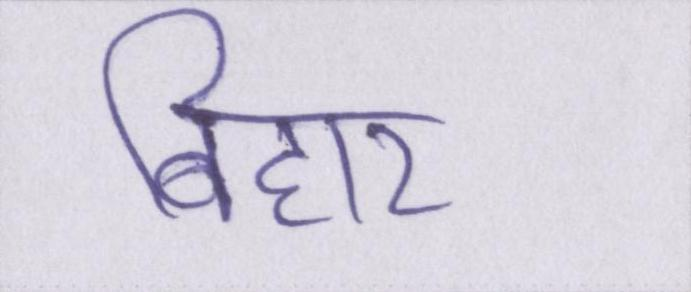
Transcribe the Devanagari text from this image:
बिहार